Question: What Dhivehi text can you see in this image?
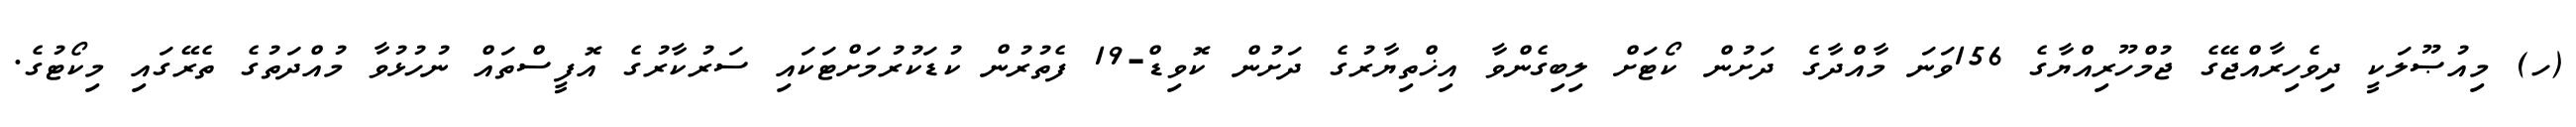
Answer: (ހ) މިއުޞޫލަކީ ދިވެހިރާއްޖޭގެ ޖުމްހޫރިއްޔާގެ 156ވަނަ މާއްދާގެ ދަށުން ކޯޓަށް ލިބިގެންވާ އިޚްތިޔާރުގެ ދަށުން ކޮވިޑް-19 ފެތުރުން ކުޑަކުރުމަށްޓަކައި ސަރުކާރުގެ އޮފީސްތައް ނުހުޅުވާ މުއްދަތުގެ ތެރޭގައި މިކޯޓުގެ.